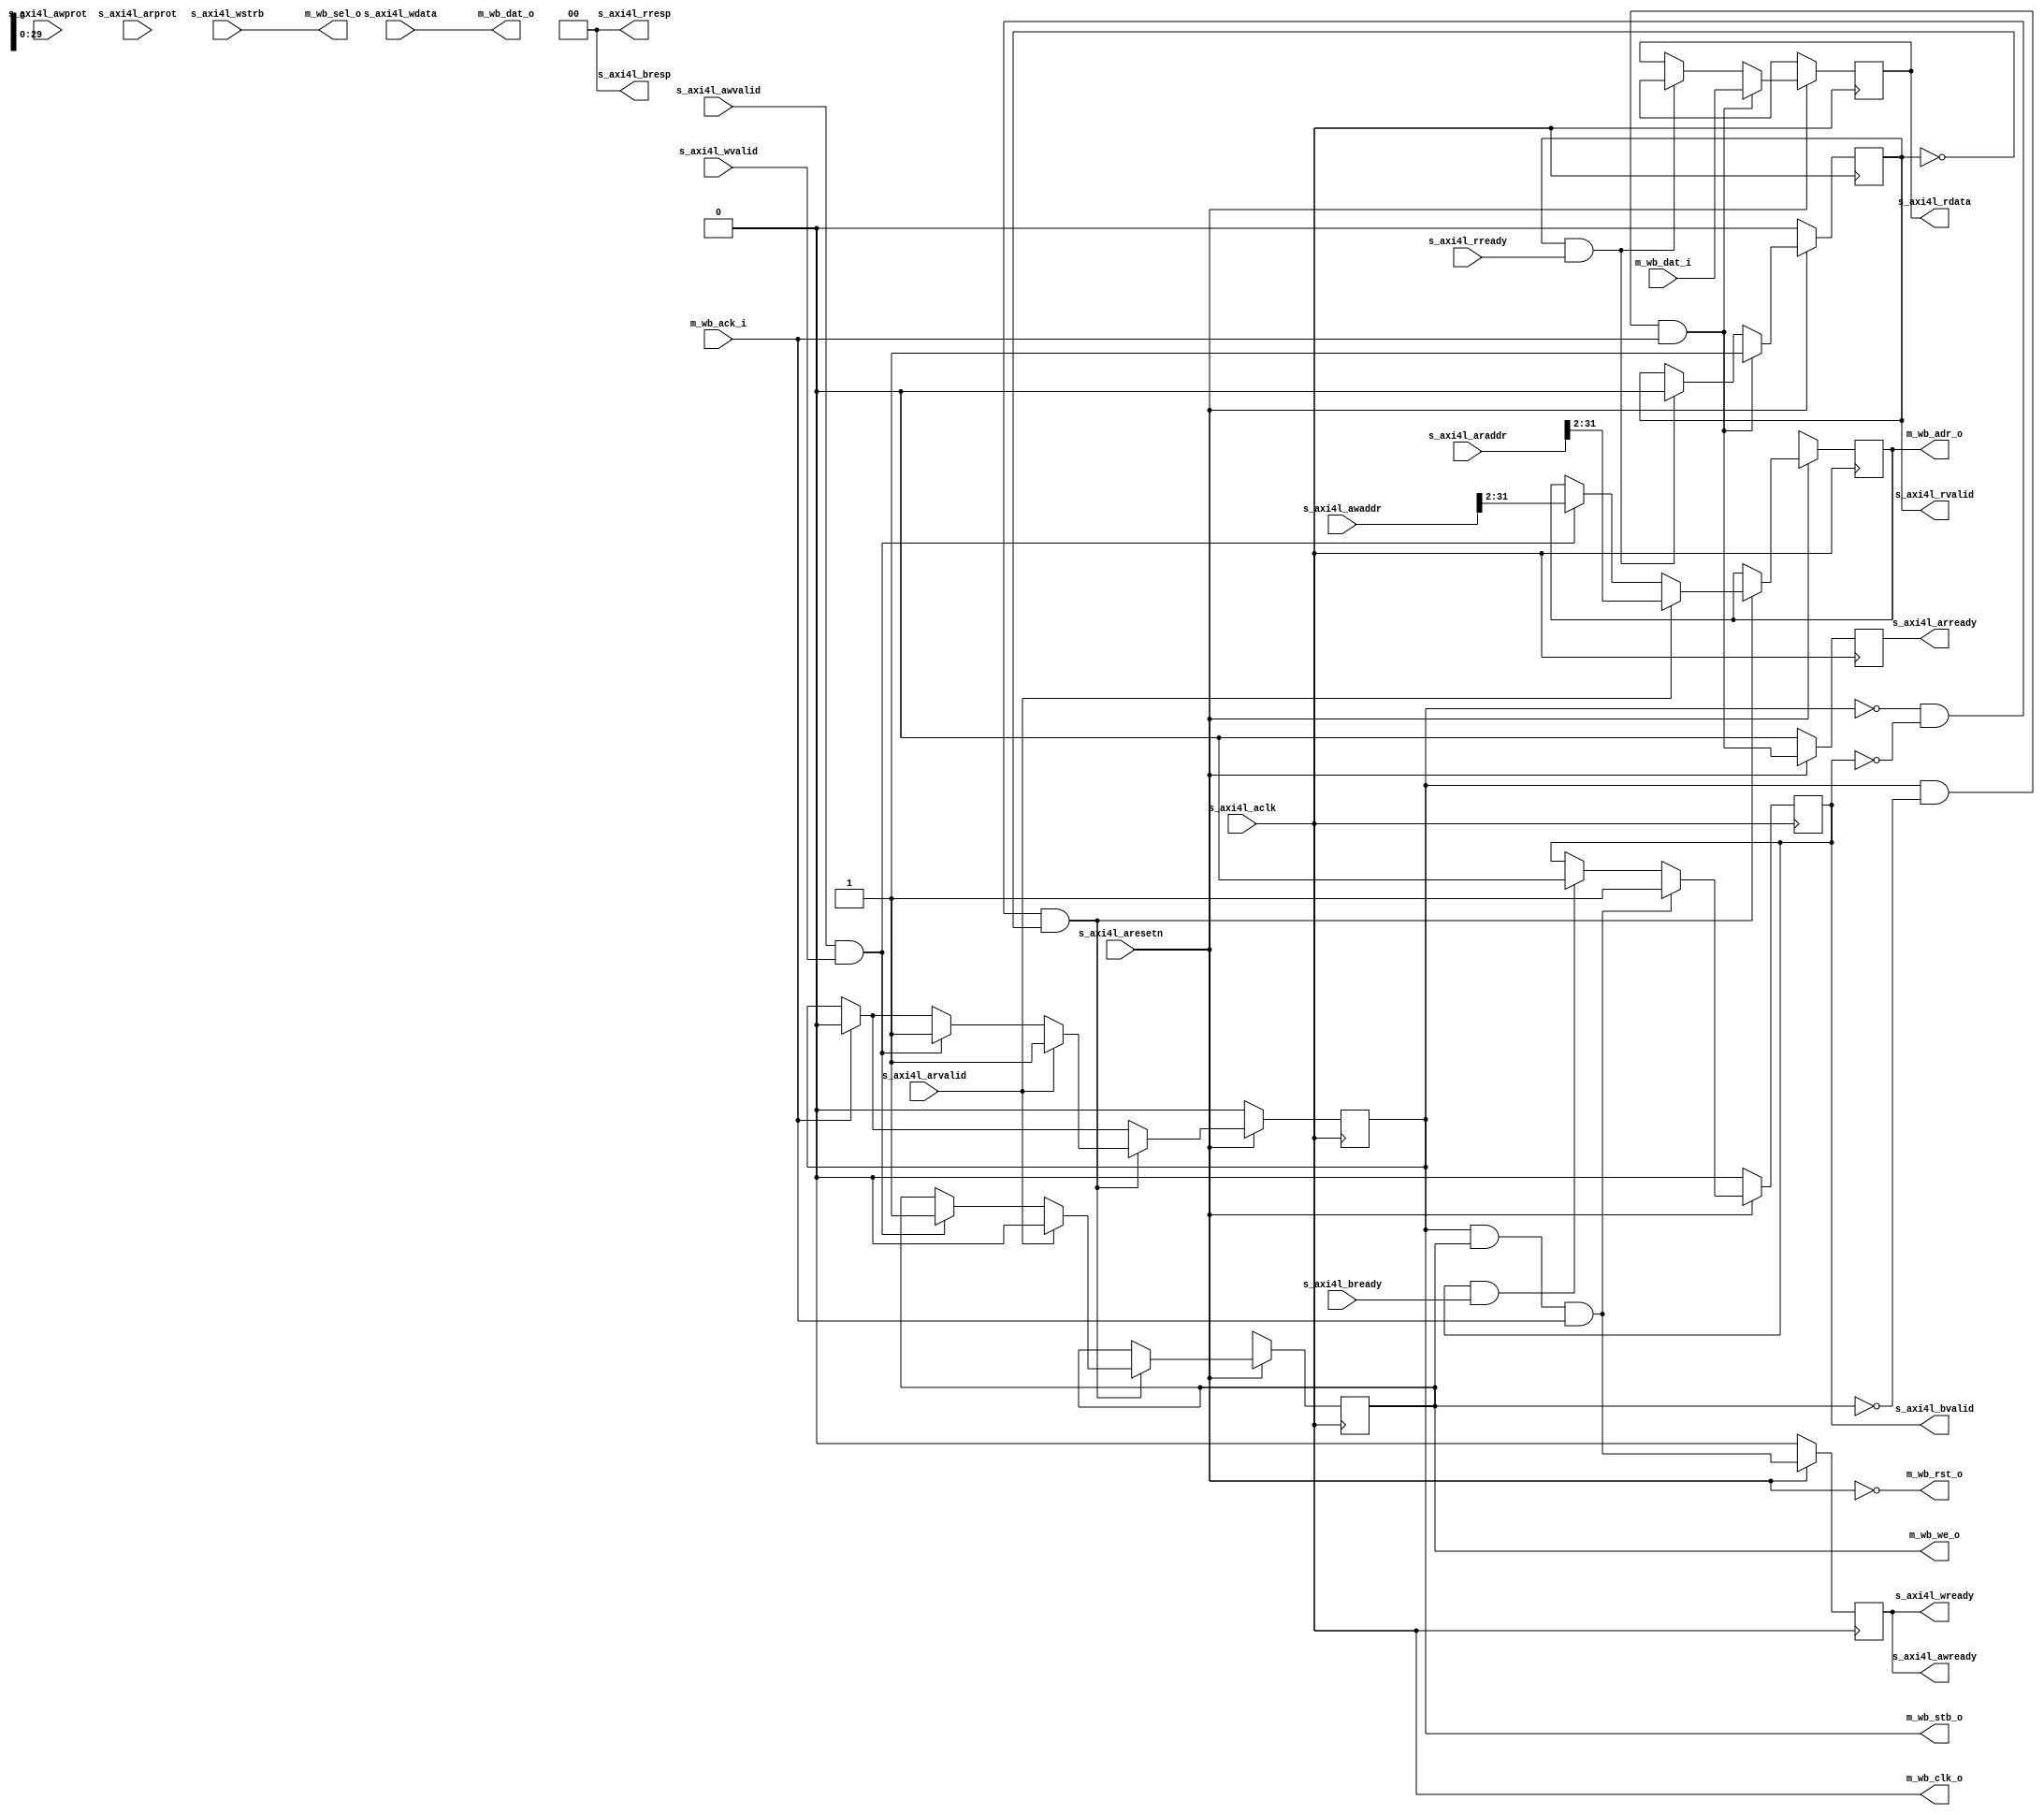
// This program was cloned from: https://github.com/ryuz/jelly
// License: MIT License

// ---------------------------------------------------------------------------
//  Jelly  -- The platform for real-time computing
//
//                                 Copyright (C) 2008-2020 by Ryuz
//                                 https://github.com/ryuz/jelly.git
// ---------------------------------------------------------------------------



`timescale 1ns / 1ps
`default_nettype none



// AXI4Lite => WISHBONE converter
module jelly_axi4l_to_wishbone
        #(
            parameter   AXI4L_ADDR_WIDTH = 32,
            parameter   AXI4L_DATA_SIZE  = 2,                       // 0:8bit, 1:16bit, 2:32bit ...
            parameter   AXI4L_DATA_WIDTH = (8 << AXI4L_DATA_SIZE),
            parameter   AXI4L_STRB_WIDTH = AXI4L_DATA_WIDTH / 8,
            
            parameter   WB_ADR_WIDTH     = AXI4L_ADDR_WIDTH - AXI4L_DATA_SIZE,
            parameter   WB_DAT_WIDTH     = AXI4L_DATA_WIDTH,
            parameter   WB_SEL_WIDTH     = AXI4L_STRB_WIDTH
        )
        (
            // AXI4Light
            input   wire                            s_axi4l_aresetn,
            input   wire                            s_axi4l_aclk,
            input   wire    [AXI4L_ADDR_WIDTH-1:0]  s_axi4l_awaddr,
            input   wire    [2:0]                   s_axi4l_awprot,
            input   wire                            s_axi4l_awvalid,
            output  wire                            s_axi4l_awready,
            input   wire    [AXI4L_STRB_WIDTH-1:0]  s_axi4l_wstrb,
            input   wire    [AXI4L_DATA_WIDTH-1:0]  s_axi4l_wdata,
            input   wire                            s_axi4l_wvalid,
            output  wire                            s_axi4l_wready,
            output  wire    [1:0]                   s_axi4l_bresp,
            output  wire                            s_axi4l_bvalid,
            input   wire                            s_axi4l_bready,
            input   wire    [AXI4L_ADDR_WIDTH-1:0]  s_axi4l_araddr,
            input   wire    [2:0]                   s_axi4l_arprot,
            input   wire                            s_axi4l_arvalid,
            output  wire                            s_axi4l_arready,
            output  wire    [AXI4L_DATA_WIDTH-1:0]  s_axi4l_rdata,
            output  wire    [1:0]                   s_axi4l_rresp,
            output  wire                            s_axi4l_rvalid,
            input   wire                            s_axi4l_rready,
            
            // WISHBONE
            output  wire                            m_wb_rst_o,
            output  wire                            m_wb_clk_o,
            output  wire    [WB_ADR_WIDTH-1:0]      m_wb_adr_o,
            output  wire    [WB_DAT_WIDTH-1:0]      m_wb_dat_o,
            input   wire    [WB_DAT_WIDTH-1:0]      m_wb_dat_i,
            output  wire                            m_wb_we_o,
            output  wire    [WB_SEL_WIDTH-1:0]      m_wb_sel_o,
            output  wire                            m_wb_stb_o,
            input   wire                            m_wb_ack_i
        );
    
    reg     [WB_ADR_WIDTH-1:0]      reg_adr_o;
    reg                             reg_we_o;
    reg                             reg_stb_o;
    
    reg                             reg_rvalid;
    reg     [AXI4L_DATA_WIDTH-1:0]  reg_rdata;
    reg                             reg_bvalid;
    reg                             reg_awready;
    reg                             reg_arready;
    
    always @( posedge m_wb_clk_o ) begin
        if ( m_wb_rst_o ) begin
            reg_adr_o   <= {WB_ADR_WIDTH{1'bx}};
            reg_we_o    <= 1'bx;
            reg_stb_o   <= 1'b0;
            reg_rvalid  <= 1'b0;
            reg_rdata   <= {AXI4L_DATA_WIDTH{1'bx}};
            reg_bvalid  <= 1'b0;
            reg_awready <= 1'b0;
            reg_arready <= 1'b0;
        end
        else begin
            if ( m_wb_ack_i ) begin
                reg_stb_o <= 1'b0;
            end
            if ( !m_wb_stb_o && !s_axi4l_bvalid && !s_axi4l_rvalid ) begin
                if ( s_axi4l_arvalid ) begin
                    reg_adr_o <= s_axi4l_araddr[AXI4L_ADDR_WIDTH-1:AXI4L_DATA_SIZE];
                    reg_we_o  <= 1'b0;
                    reg_stb_o <= 1'b1;
                end
                else if ( s_axi4l_awvalid && s_axi4l_wvalid ) begin
                    reg_adr_o <= s_axi4l_awaddr[AXI4L_ADDR_WIDTH-1:AXI4L_DATA_SIZE];
                    reg_we_o  <= 1'b1;
                    reg_stb_o <= 1'b1;
                end
            end
            
            
            if ( m_wb_stb_o & ~m_wb_we_o & m_wb_ack_i ) begin
                reg_rvalid <= 1'b1;
                reg_rdata  <= m_wb_dat_i;
            end
            else if ( s_axi4l_rvalid & s_axi4l_rready ) begin
                reg_rvalid <= 1'b0;
                reg_rdata  <= {AXI4L_DATA_WIDTH{1'bx}};
            end
            
            if ( m_wb_stb_o & m_wb_we_o & m_wb_ack_i ) begin
                reg_bvalid <= 1'b1;
            end
            else if ( s_axi4l_bvalid & s_axi4l_bready ) begin
                reg_bvalid <= 1'b0;
            end
            
            reg_awready <= (m_wb_stb_o & m_wb_we_o & m_wb_ack_i);
            reg_arready <= (m_wb_stb_o & ~m_wb_we_o & m_wb_ack_i);
            
        end
    end
    
    
    assign m_wb_rst_o      = ~s_axi4l_aresetn;
    assign m_wb_clk_o      = s_axi4l_aclk;
    assign m_wb_adr_o      = reg_adr_o;
    assign m_wb_dat_o      = s_axi4l_wdata;
    assign m_wb_we_o       = reg_we_o;
    assign m_wb_sel_o      = s_axi4l_wstrb;
    assign m_wb_stb_o      = reg_stb_o;
    
    assign s_axi4l_awready = reg_awready; // (m_wb_stb_o & m_wb_we_o & m_wb_ack_i);
    assign s_axi4l_wready  = reg_awready; // (m_wb_stb_o & m_wb_we_o & m_wb_ack_i);
    assign s_axi4l_bresp   = 2'b00;
    assign s_axi4l_bvalid  = reg_bvalid;
    assign s_axi4l_arready = reg_arready; // (m_wb_stb_o & ~m_wb_we_o & m_wb_ack_i);
    assign s_axi4l_rdata   = reg_rdata;
    assign s_axi4l_rresp   = 2'b00;
    assign s_axi4l_rvalid  = reg_rvalid;
    
endmodule


`default_nettype wire


// end of file